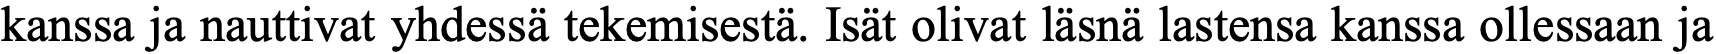
kanssa ja nauttivat yhdessä tekemisestä. Isät olivat läsnä lastensa kanssa ollessaan ja